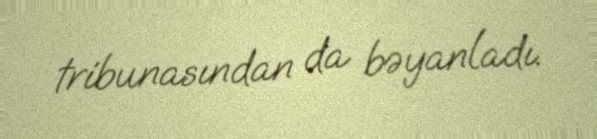
tribunasından da bəyanladı.